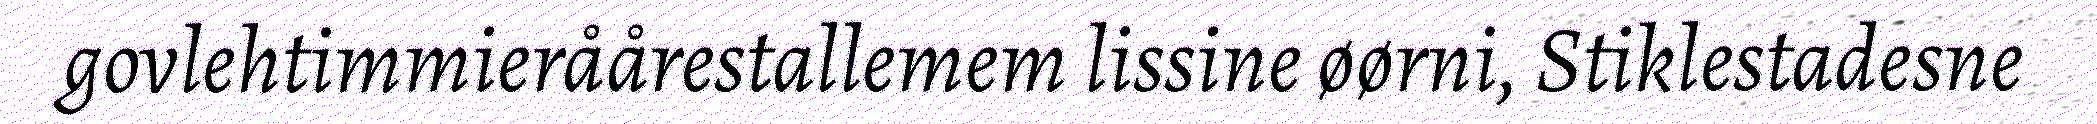
govlehtimmieråårestallemem lissine øørni, Stiklestadesne